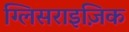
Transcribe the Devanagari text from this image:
ग्लिसराइज़िक